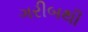
ગરીબથી